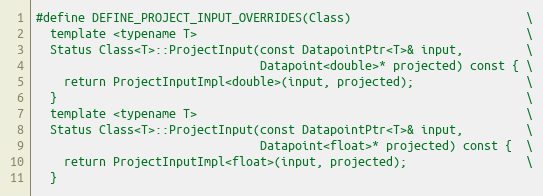
Language: C
#define DEFINE_PROJECT_INPUT_OVERRIDES(Class)                         \
  template <typename T>                                               \
  Status Class<T>::ProjectInput(const DatapointPtr<T>& input,         \
                                Datapoint<double>* projected) const { \
    return ProjectInputImpl<double>(input, projected);                \
  }                                                                   \
  template <typename T>                                               \
  Status Class<T>::ProjectInput(const DatapointPtr<T>& input,         \
                                Datapoint<float>* projected) const {  \
    return ProjectInputImpl<float>(input, projected);                 \
  }